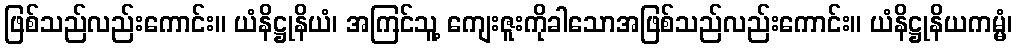
ဖြစ်သည်လည်းကောင်း။ ယံနိဋ္ဌုနိယံ၊ အကြင်သူ့ ကျေးဇူးကိုခါသောအဖြစ်သည်လည်းကောင်း။ ယံနိဋ္ဌုနိယကမ္မံ၊